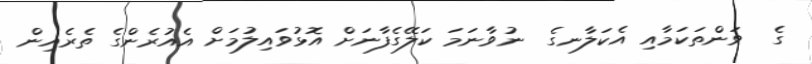
ގެ  ވަންތަކަމާއި އެކަލާނގެ  ނުވާނަމަ ކަލޭގެފާނަށް އޮޅުވައިލުމަށް އެއުރެންގެ ތެރެއިން